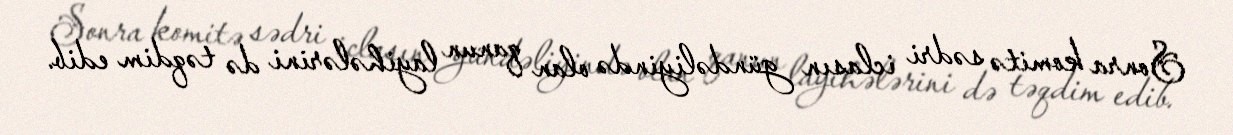
Sonra komitə sədri iclasın gündəliyində olan qanun layihələrini də təqdim edib.